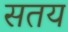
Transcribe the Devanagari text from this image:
सतय